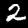
Label: 2